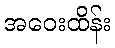
အဝေးထိန်း